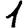
Digit: 1